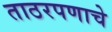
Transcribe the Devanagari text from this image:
ताठरपणाचे